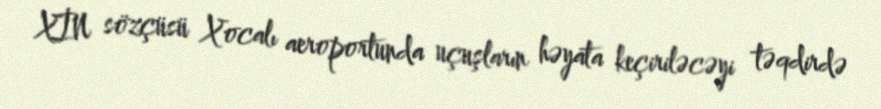
XİN sözçüsü Xocalı aeroportunda uçuşların həyata keçiriləcəyi təqdirdə